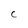
Character: C